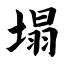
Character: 塌